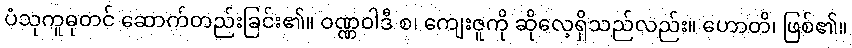
ပံသုကူဓုတင် ဆောက်တည်းခြင်း၏။ ဝဏ္ဏဝါဒီ စ၊ ကျေးဇူကို ဆိုလေ့ရှိသည်လည်း။ ဟောတိ၊ ဖြစ်၏။